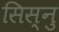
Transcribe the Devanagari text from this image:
सिस्नु